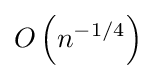
O\left(n^{-1/4}\right)